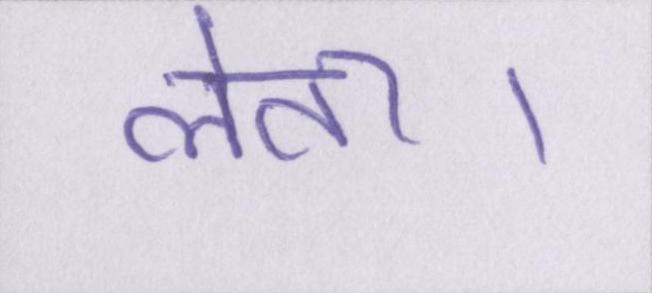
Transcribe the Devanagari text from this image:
लेता।